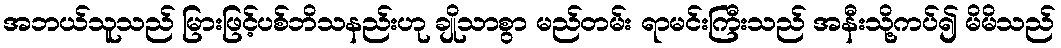
အဘယ်သူသည် မြားဖြင့်ပစ်ဘိသနည်းဟု ချိုသာစွာ မည်တမ်း ရာမင်းကြီးသည် အနီးသို့ကပ်၍ မိမိသည်